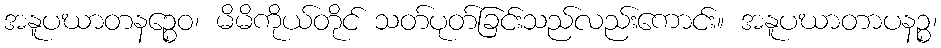
အနူပဃာတနဉ္စေဝ၊ မိမိကိုယ်တိုင် သတ်ပုတ်ခြင်းသည်လည်းကောင်း။ အနူပဃာတာပနဉ္စ၊